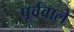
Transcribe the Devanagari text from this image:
पूर्ववाले